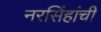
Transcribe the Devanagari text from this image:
नरसिंहांची